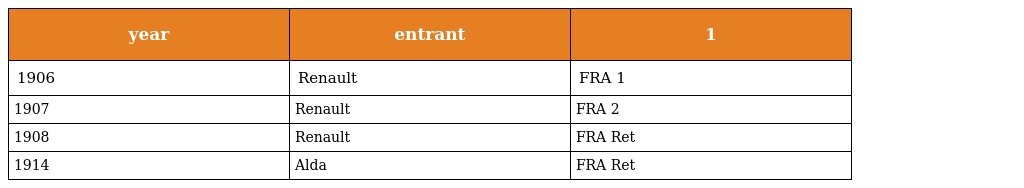
| year | entrant | 1 |
 | --- | --- | --- |
 | 1906 | Renault | FRA 1 |
 | 1907 | Renault | FRA 2 |
 | 1908 | Renault | FRA Ret |
 | 1914 | Alda | FRA Ret |